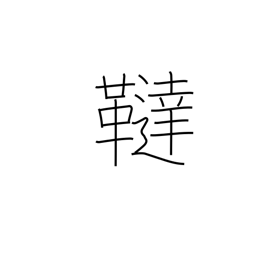
Meaning: region name